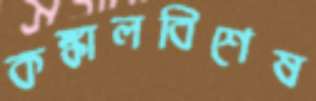
কঙ্কালবিশেষ